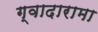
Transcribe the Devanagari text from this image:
ग्वादारामा